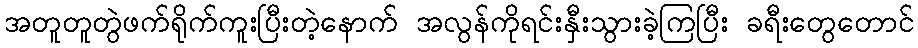
အတူတူတွဲဖက်ရိုက်ကူးပြီးတဲ့နောက် အလွန်ကိုရင်းနှီးသွားခဲ့ကြပြီး ခရီးတွေတောင်